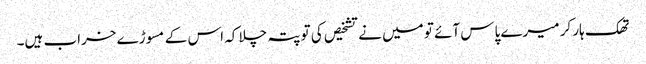
تھک ہار کر میرے پاس آئے تو میں نے تشخیص کی تو پتہ چلا کہ اس کے مسوڑے خراب ہیں۔